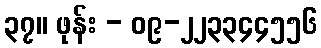
၃၇။ ဖုန်း - ၀၉-၂၂၃၃၄၄၅၅၆